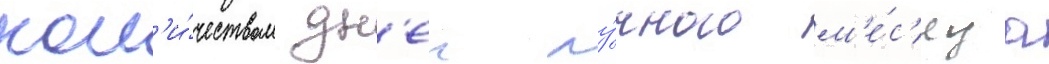
кол'и́чеством дн'еи лу́нного м'е́с'яца